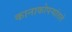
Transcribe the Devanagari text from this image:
कानाकोपर्‍यांतले